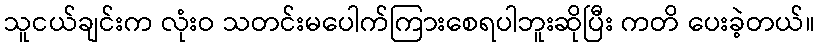
သူငယ်ချင်းက လုံးဝ သတင်းမပေါက်ကြားစေရပါဘူးဆိုပြီး ကတိ ပေးခဲ့တယ်။